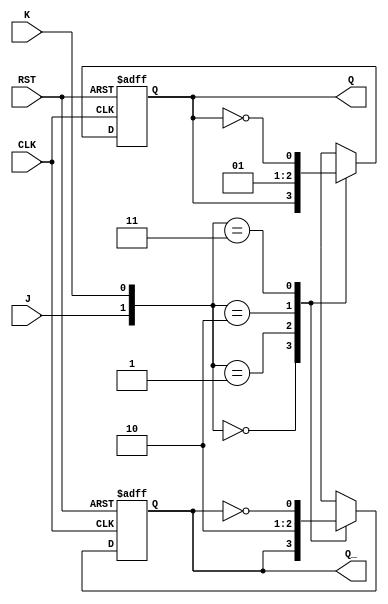
module jk_flipflop (
    input J, K, CLK, RST,
    output reg Q, Q_
);

always @(posedge CLK or negedge RST) begin
    if (RST == 0) begin
        Q <= 0;
        Q_ <= 1;
    end else begin
        case ({J, K})
            2'b00: begin // No change
                Q <= Q;
                Q_ <= Q_;
            end
            2'b01: begin // Reset
                Q <= 0;
                Q_ <= 1;
            end
            2'b10: begin // Set
                Q <= 1;
                Q_ <= 0;
            end
            2'b11: begin // Toggle
                Q <= ~Q;
                Q_ <= ~Q_;
            end
        endcase
    end
end

endmodule